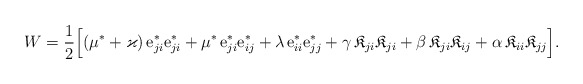
\begin{align*}W = \frac{1}{2}\Big[& (\mu^*+\varkappa)\, {\rm e}^* _{ji}{\rm e}^* _{ji}+ \mu^*\, {\rm e}^*_{ji} {\rm e}^*_{ij} +\lambda\, {\rm e}^*_{ii} {\rm e}^*_{jj} +\gamma \, \mathfrak{K}_{ji}\mathfrak{K}_{ji} +\beta\, \mathfrak{K}_{ji} \mathfrak{K}_{ij} + \alpha\, \mathfrak{K}_{ii} \mathfrak{K}_{jj} \Big].\end{align*}